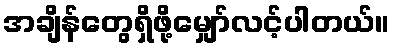
အချိန်တွေရှိဖို့မျှော်လင့်ပါတယ်။